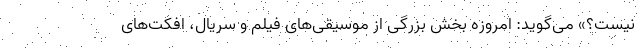
نیست؟» می‌گوید: امروزه بخش بزرگی از موسیقی‌های فیلم و سریال، افکت‌های